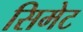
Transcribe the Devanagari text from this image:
सिमेट